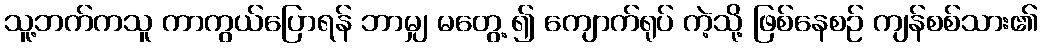
သူ့ဘက်ကသူ ကာကွယ်ပြောရန် ဘာမျှ မတွေ့ ၍ ကျောက်ရုပ် ကဲ့သို့ ဖြစ်နေစဉ် ကျန်စစ်သား၏